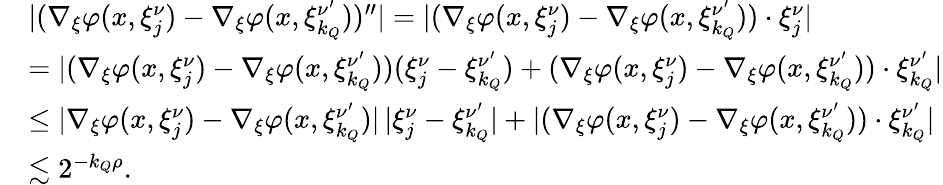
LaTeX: \begin{array}{rl}&{|(\nabla_{\xi}\varphi(x,\xi_{j}^{\nu})-\nabla_{\xi}\varphi(x,\xi_{k_{Q}}^{\nu^{\prime}}))^{\prime\prime}|=|(\nabla_{\xi}\varphi(x,\xi_{j}^{\nu})-\nabla_{\xi}\varphi(x,\xi_{k_{Q}}^{\nu^{\prime}}))\cdot\xi_{j}^{\nu}|}\\ &{=|(\nabla_{\xi}\varphi(x,\xi_{j}^{\nu})-\nabla_{\xi}\varphi(x,\xi_{k_{Q}}^{\nu^{\prime}}))(\xi_{j}^{\nu}-\xi_{k_{Q}}^{\nu^{\prime}})+(\nabla_{\xi}\varphi(x,\xi_{j}^{\nu})-\nabla_{\xi}\varphi(x,\xi_{k_{Q}}^{\nu^{\prime}}))\cdot\xi_{k_{Q}}^{\nu^{\prime}}|}\\ &{\leq|\nabla_{\xi}\varphi(x,\xi_{j}^{\nu})-\nabla_{\xi}\varphi(x,\xi_{k_{Q}}^{\nu^{\prime}})|\, |\xi_{j}^{\nu}-\xi_{k_{Q}}^{\nu^{\prime}}|+|(\nabla_{\xi}\varphi(x,\xi_{j}^{\nu})-\nabla_{\xi}\varphi(x,\xi_{k_{Q}}^{\nu^{\prime}}))\cdot\xi_{k_{Q}}^{\nu^{\prime}}|}\\ &{\lesssim 2^{-{k_{Q}}\rho}.}\end{array}